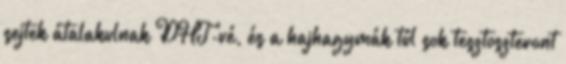
sejtek átalakulnak DHT-vé, és a hajhagymák túl sok tesztoszteront